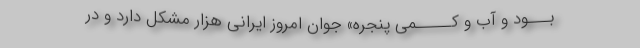
بـــود و آب و کـــــمی پنجره» جوان امروز ایرانی هزار مشکل دارد و در